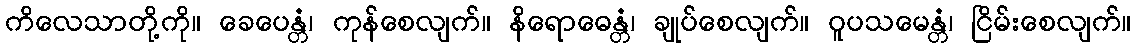
ကိလေသာတို့ကို။ ခေပေန္တံ၊ ကုန်စေလျက်။ နိရောဓေန္တံ၊ ချုပ်စေလျက်။ ဝူပသမေန္တံ၊ ငြိမ်းစေလျက်။